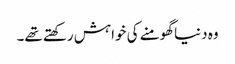
وہ دنیا گھومنے کی خواہش رکھتے تھے۔